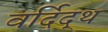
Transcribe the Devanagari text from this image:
वर्दिद्थ